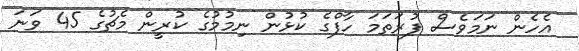
އެހެން ނަމަވެސް ފުރަތަމަ ހާފްގެ ކުޅުން ނިމުމުގެ ކުރީން މެޗުގެ 45 ވަނަ